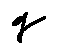
q